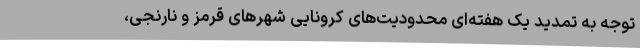
توجه به تمدید یک هفته‌ای محدودیت‌های کرونایی شهرهای قرمز و نارنجی،